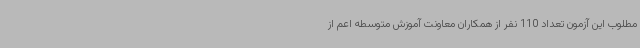
مطلوب این آزمون تعداد 110 نفر از همکاران معاونت آموزش متوسطه اعم از